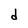
Character: d